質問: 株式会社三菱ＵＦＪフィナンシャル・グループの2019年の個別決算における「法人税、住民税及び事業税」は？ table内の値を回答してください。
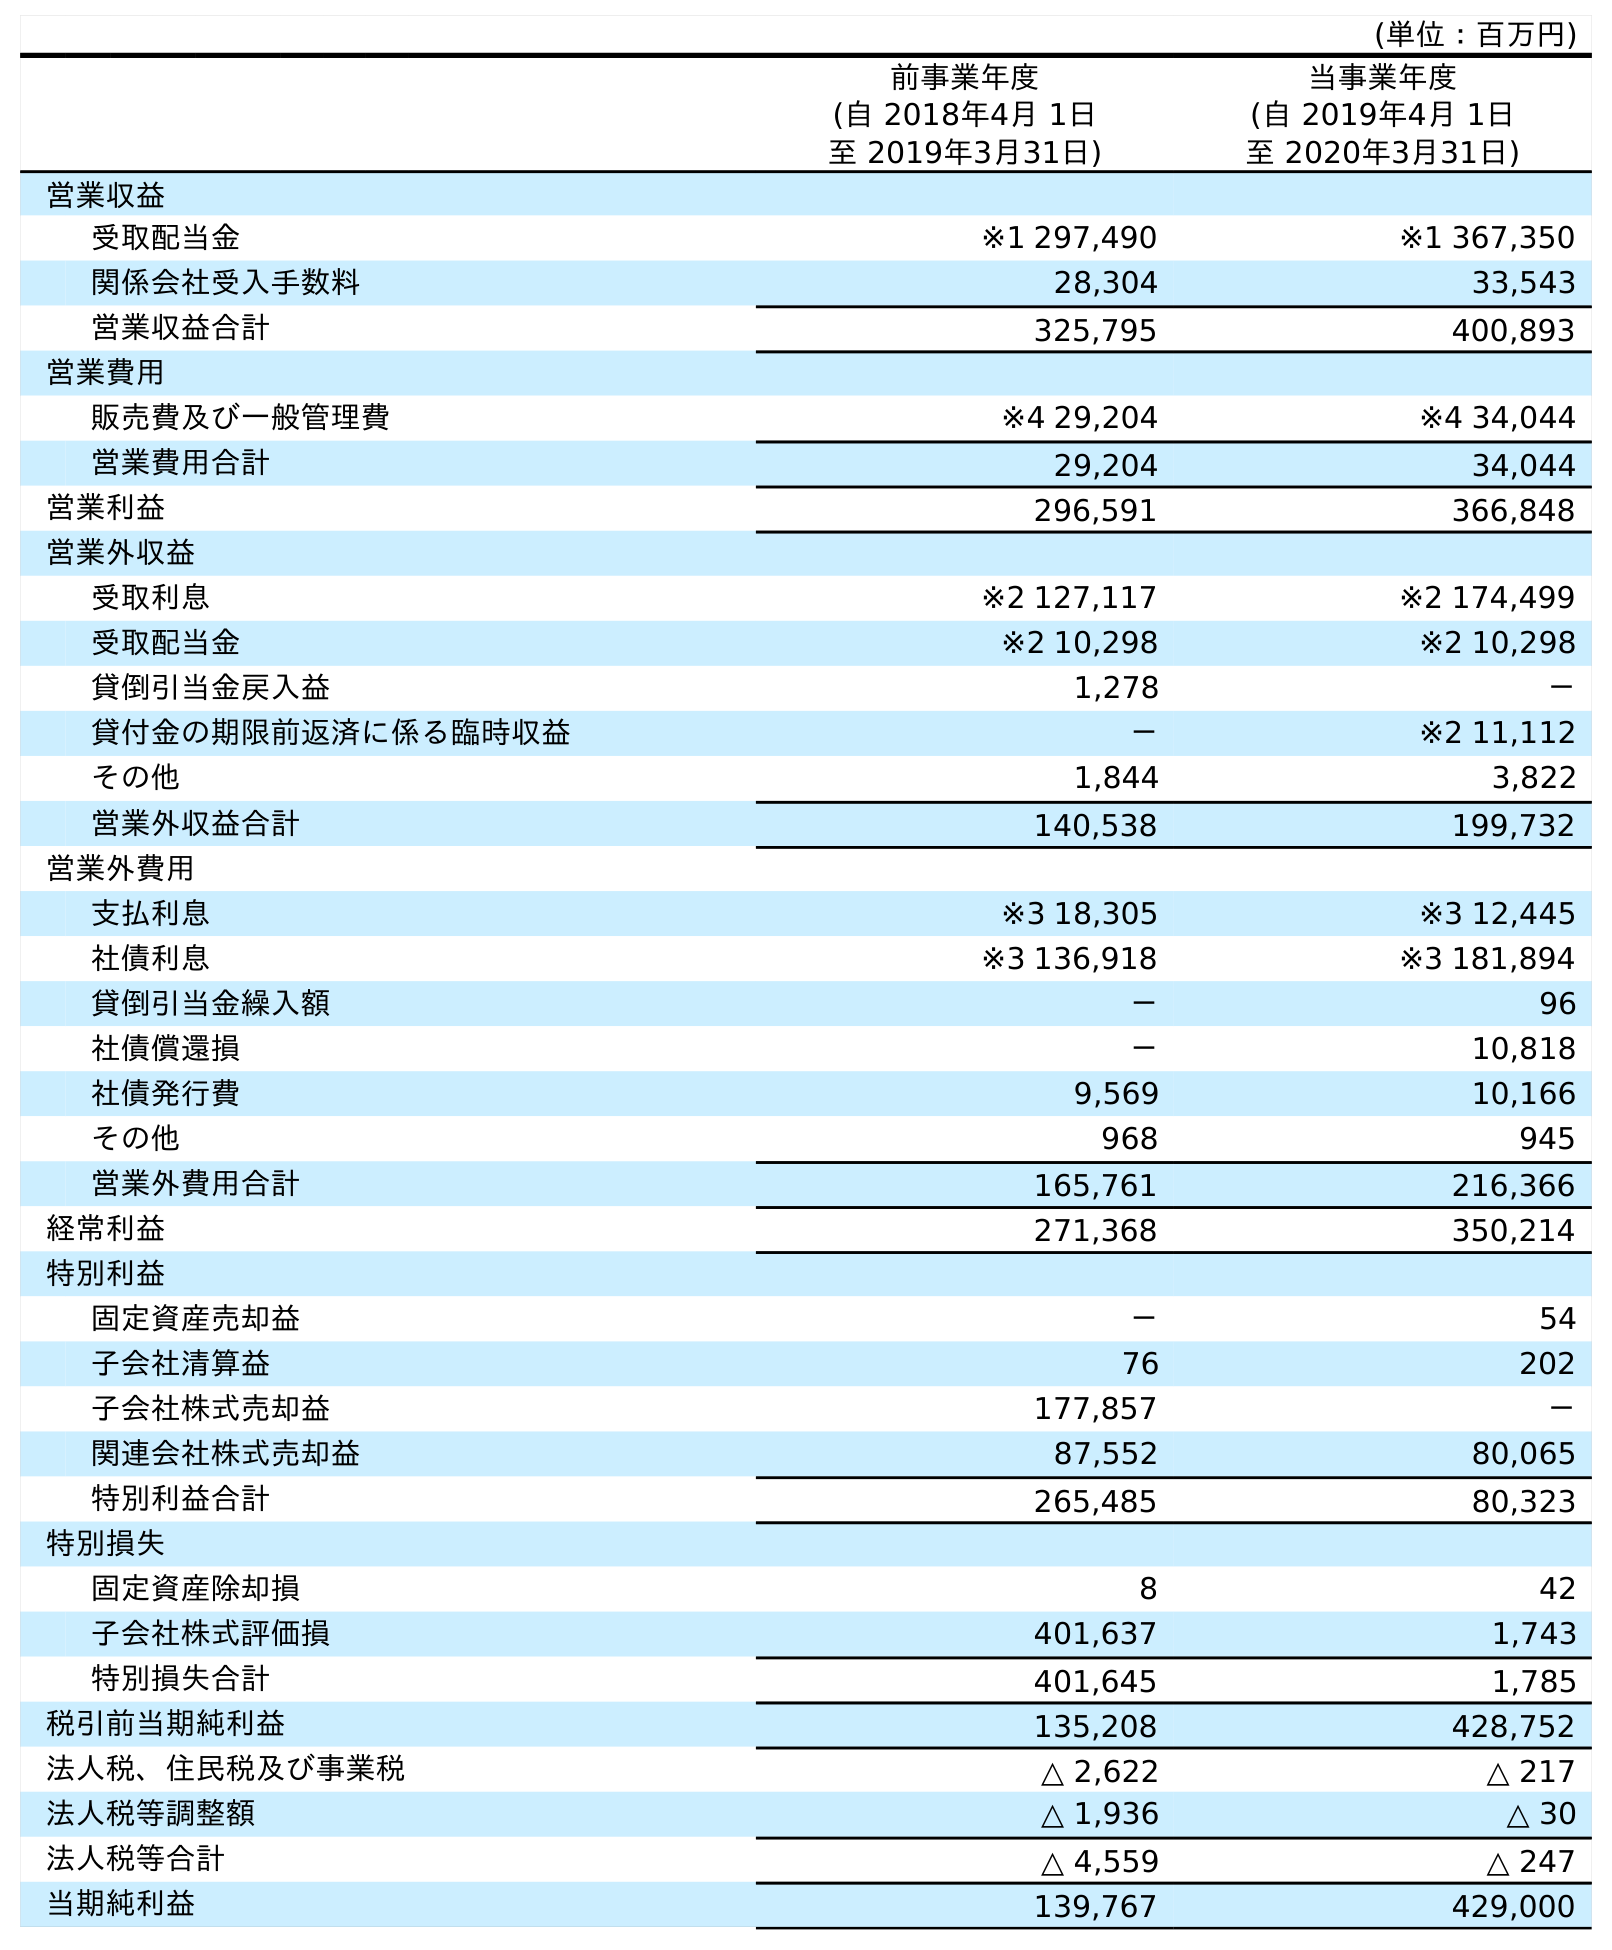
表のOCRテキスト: (単位：百万円) 前事業年度 (自 2018年4月 1日 至 2019年3月31日) 当事業年度 (自 2019年4月 1日 至 2020年3月31日) 営業収益 受取配当金 ※1 297,490 ※1 367,350 関係会社受入手数料 28,304 33,543 営業収益合計 325,795 400,893 営業費用 販売費及び一般管理費 ※4 29,204 ※4 34,044 営業費用合計 29,204 34,044 営業利益 296,591 366,848 営業外収益 受取利息 ※2 127,117 ※2 174,499 受取配当金 ※2 10,298 ※2 10,298 貸倒引当金戻入益 1,278 － 貸付金の期限前返済に係る臨時収益 － ※2 11,112 その他 1,844 3,822 営業外収益合計 140,538 199,732 営業外費用 支払利息 ※3 18,305 ※3 12,445 社債利息 ※3 136,918 ※3 181,894 貸倒引当金繰入額 － 96 社債償還損 － 10,818 社債発行費 9,569 10,166 その他 968 945 営業外費用合計 165,761 216,366 経常利益 271,368 350,214 特別利益 固定資産売却益 － 54 子会社清算益 76 202 子会社株式売却益 177,857 － 関連会社株式売却益 87,552 80,065 特別利益合計 265,485 80,323 特別損失 固定資産除却損 8 42 子会社株式評価損 401,637 1,743 特別損失合計 401,645 1,785 税引前当期純利益 135,208 428,752 法人税、住民税及び事業税 △ 2,622 △ 217 法人税等調整額 △ 1,936 △ 30 法人税等合計 △ 4,559 △ 247 当期純利益 139,767 429,000
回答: △2,622